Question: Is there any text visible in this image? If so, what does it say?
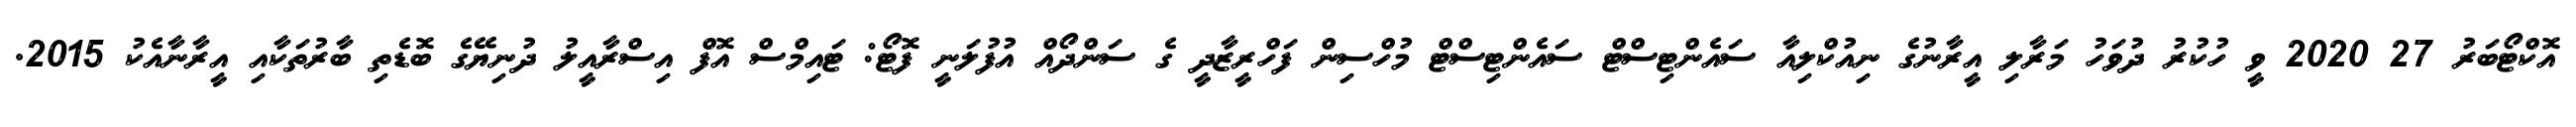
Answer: އޮކްޓޯބަރު 27 2020 ވީ ހުކުރު ދުވަހު މަރާލި އީރާނުގެ ނިއުކްލިއާ ސައެންޓިސްޓް ސައެންޓިސްޓް މުހްސިން ފަހްރީޒާދީ ގެ ސަންދޯއް އުފުލަނީ ފޮޓޯ: ޓައިމްސް އޮފް އިސްރާއީލު ދުނިޔޭގެ ބޮޑެތި ބާރުތަކާއި އީރާނާއެކު 2015.